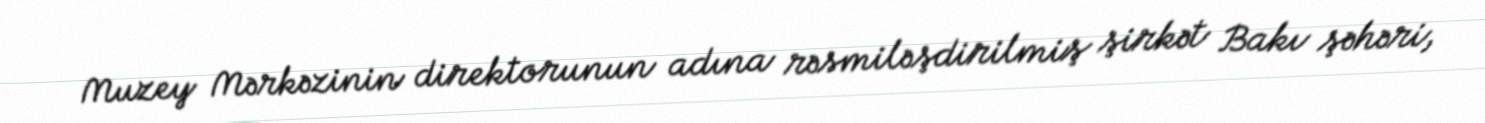
Muzey Mərkəzinin direktorunun adına rəsmiləşdirilmiş şirkət Bakı şəhəri,